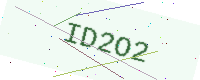
Text: ID2O2